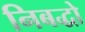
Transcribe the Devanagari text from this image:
निबद्धो